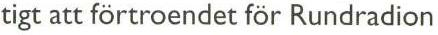
tigt att förtroendet för Rundradion